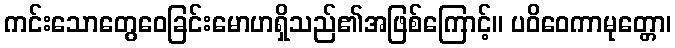
ကင်းသောတွေဝေခြင်းမောဟရှိသည်၏အဖြစ်ကြောင့်။ ပဝိဝေကာမုတ္တော၊